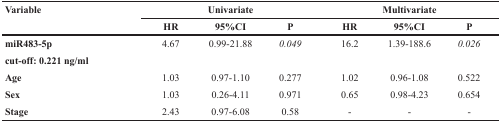
<table><thead><tr><td><b>Variable</b></td><td colspan="3"><b>Univariate</b></td><td colspan="3"><b>Multivariate</b></td></tr><tr><td></td><td><b>HR</b></td><td><b>95%CI</b></td><td><b>P</b></td><td><b>HR</b></td><td><b>95%CI</b></td><td><b>P</b></td></tr></thead><tbody><tr><td><b>miR483-5p</b></td><td>4.67</td><td>0.99-21.88</td><td><i>0.049</i></td><td>16.2</td><td>1.39-188.6</td><td><i>0.026</i></td></tr><tr><td><b>cut-off: 0.221 ng/ml</b></td><td></td><td></td><td></td><td></td><td></td><td></td></tr><tr><td><b>Age</b></td><td>1.03</td><td>0.97-1.10</td><td>0.277</td><td>1.02</td><td>0.96-1.08</td><td>0.522</td></tr><tr><td><b>Sex</b></td><td>1.03</td><td>0.26-4.11</td><td>0.971</td><td>0.65</td><td>0.98-4.23</td><td>0.654</td></tr><tr><td><b>Stage</b></td><td>2.43</td><td>0.97-6.08</td><td>0.58</td><td>-</td><td>-</td><td>-</td></tr></tbody></table>